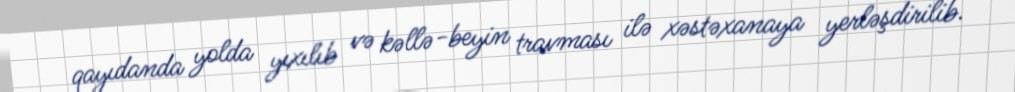
qayıdanda yolda yıxılıb və kəllə-beyin travması ilə xəstəxanaya yerləşdirilib.